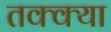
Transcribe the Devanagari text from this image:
तक्क्या